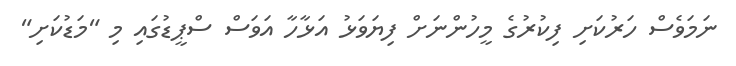
ނަމަވެސް ހަރުކަށި ފިކުރުގެ މީހުންނަށް ފިޔަވަޅު އަޅާހާ އަަވަސް ސްޕީޑުގައި މި "މަޑުކަށި"